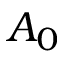
A _ { 0 }